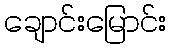
ချောင်းမြောင်း